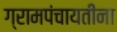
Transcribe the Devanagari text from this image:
ग्रामपंचायतींना